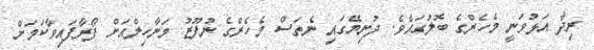
ރިދާ އަޅުވަނީ މެހެރްގެ ބޮލުގައެވެ. ދުނިޔޭގައި ނެތަސް މެހެރްގެ ނުފޫޒު މަނާހިލްއަށް ފޯރާފައިވާކަމަށް